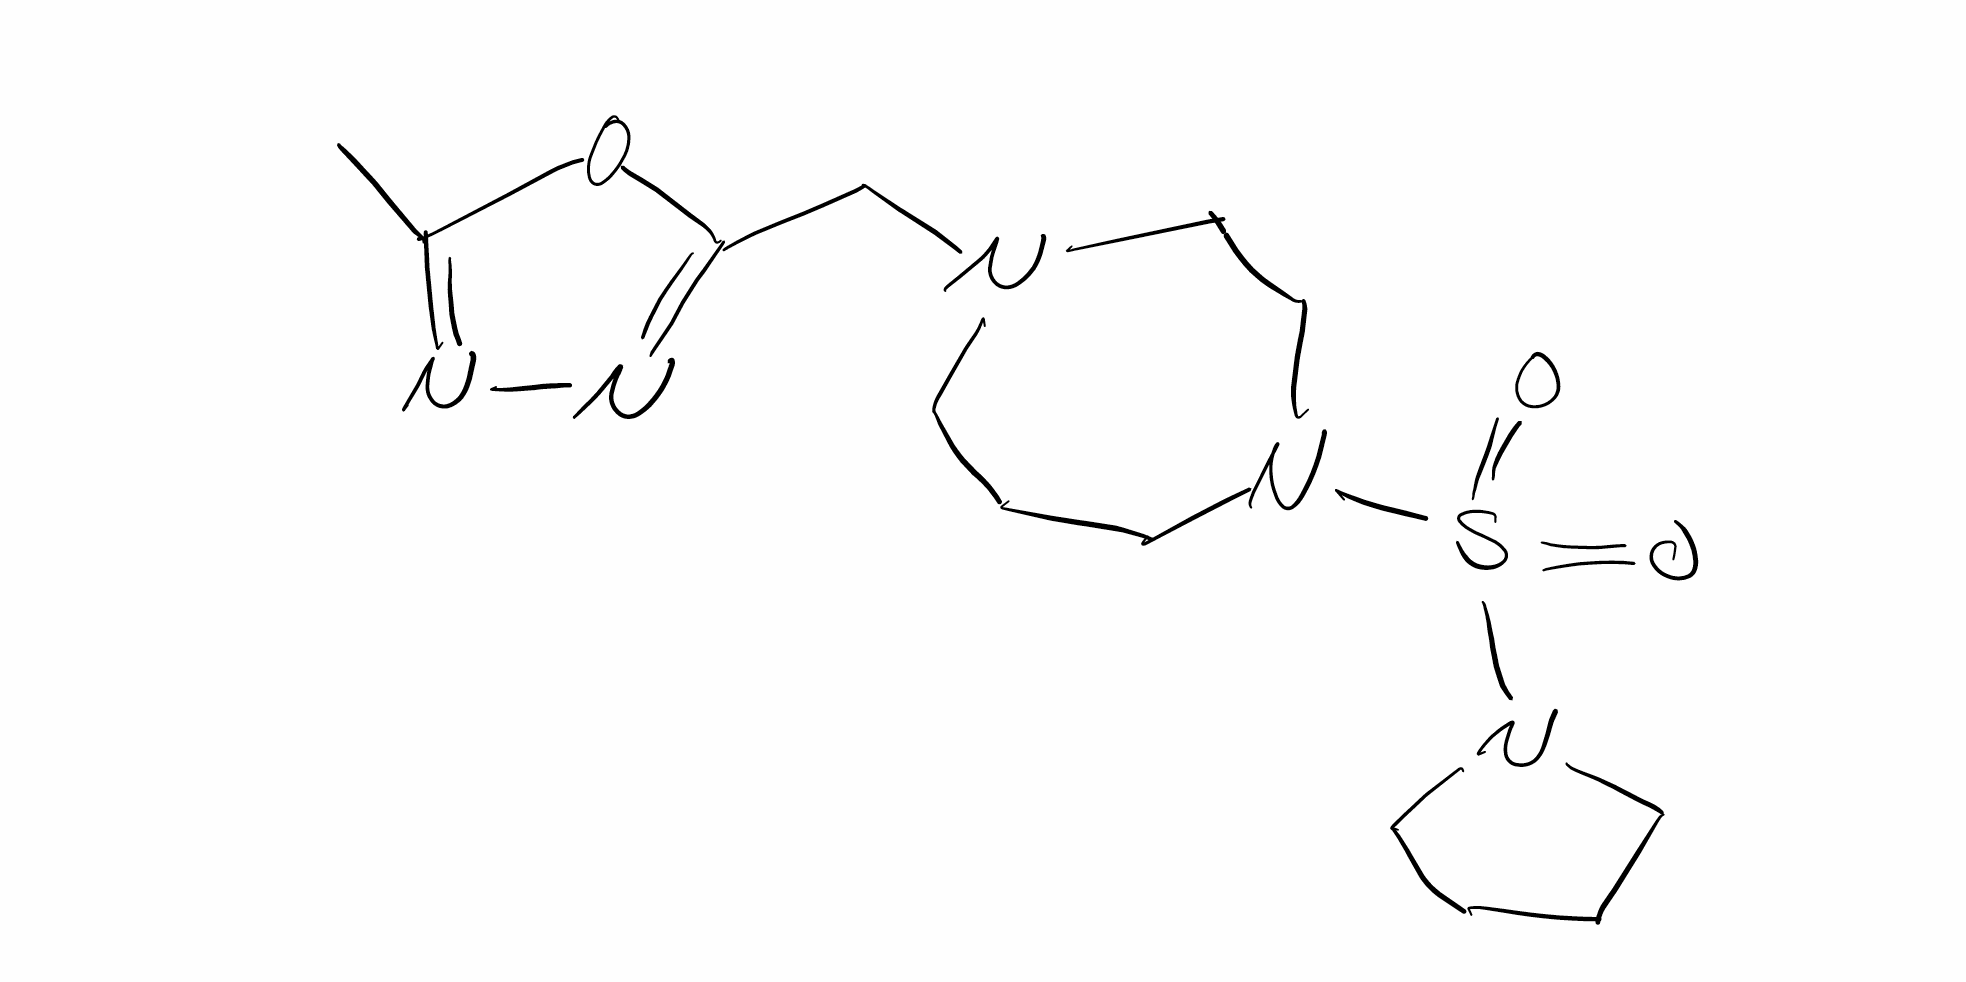
Simplified molecular-input line-entry system (SMILES) notation of the given molecule:
CC1=NN=C(O1)CN2CCCN(CC2)S(=O)(=O)N3CCCC3